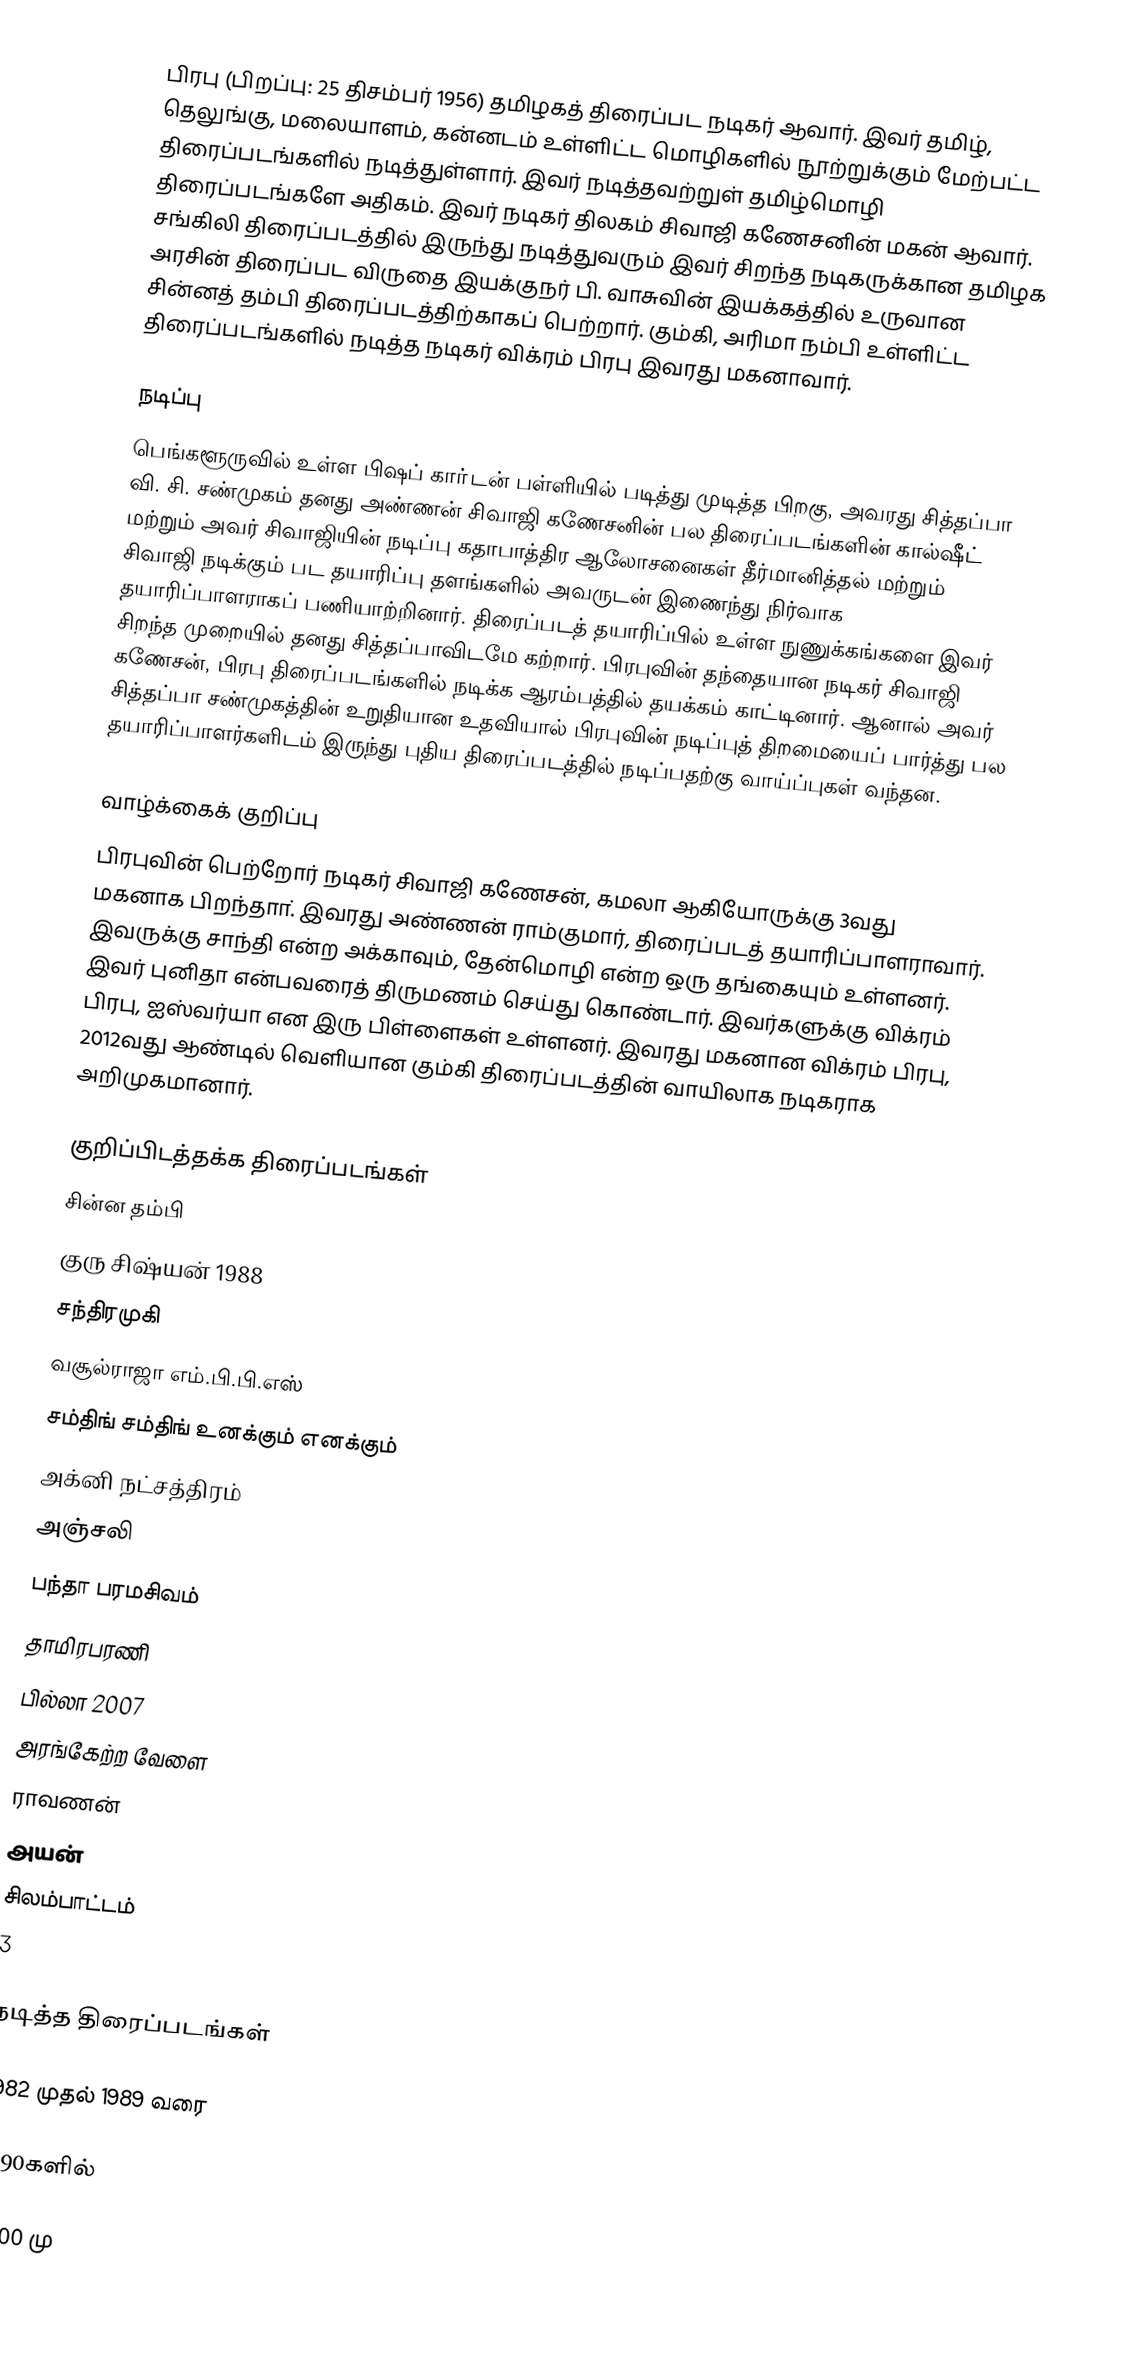
பிரபு (பிறப்பு: 25 திசம்பர் 1956) தமிழகத் திரைப்பட நடிகர் ஆவார். இவர் தமிழ், தெலுங்கு, மலையாளம், கன்னடம் உள்ளிட்ட மொழிகளில் நூற்றுக்கும் மேற்பட்ட திரைப்படங்களில் நடித்துள்ளார். இவர் நடித்தவற்றுள் தமிழ்மொழி திரைப்படங்களே அதிகம். இவர் நடிகர் திலகம் சிவாஜி கணேசனின் மகன் ஆவார். சங்கிலி  திரைப்படத்தில் இருந்து நடித்துவரும் இவர் சிறந்த நடிகருக்கான தமிழக அரசின் திரைப்பட விருதை இயக்குநர் பி. வாசுவின் இயக்கத்தில் உருவான சின்னத் தம்பி திரைப்படத்திற்காகப் பெற்றார். கும்கி, அரிமா நம்பி உள்ளிட்ட திரைப்படங்களில் நடித்த நடிகர் விக்ரம் பிரபு இவரது மகனாவார்.

நடிப்பு
பெங்களூருவில் உள்ள பிஷப் காா்டன் பள்ளியில் படித்து முடித்த பிறகு, அவரது சித்தப்பா வி. சி. சண்முகம் தனது அண்ணன் சிவாஜி கணேசனின் பல திரைப்படங்களின் கால்ஷீட் மற்றும் அவர் சிவாஜியின் நடிப்பு கதாபாத்திர ஆலோசனைகள் தீர்மானித்தல் மற்றும் சிவாஜி நடிக்கும் பட தயாரிப்பு தளங்களில் அவருடன் இணைந்து நிர்வாக தயாரிப்பாளராகப் பணியாற்றினார். திரைப்படத் தயாரிப்பில் உள்ள நுணுக்கங்களை இவர் சிறந்த முறையில் தனது சித்தப்பாவிடமே கற்றார். பிரபுவின் தந்தையான நடிகர் சிவாஜி கணேசன், பிரபு திரைப்படங்களில் நடிக்க ஆரம்பத்தில் தயக்கம் காட்டினார். ஆனால் அவர் சித்தப்பா சண்முகத்தின் உறுதியான உதவியால் பிரபுவின் நடிப்புத் திறமையைப் பார்த்து பல தயாரிப்பாளர்களிடம் இருந்து புதிய திரைப்படத்தில் நடிப்பதற்கு வாய்ப்புகள் வந்தன.

வாழ்க்கைக் குறிப்பு
பிரபுவின் பெற்றோர் நடிகர் சிவாஜி கணேசன், கமலா ஆகியோருக்கு 3வது மகனாக பிறந்தாா். இவரது அண்ணன் ராம்குமார், திரைப்படத் தயாரிப்பாளராவார். இவருக்கு சாந்தி என்ற அக்காவும், தேன்மொழி என்ற ஒரு தங்கையும் உள்ளனர். இவர் புனிதா என்பவரைத் திருமணம் செய்து கொண்டார்.  இவர்களுக்கு விக்ரம் பிரபு, ஐஸ்வர்யா என இரு பிள்ளைகள் உள்ளனர். இவரது மகனான விக்ரம் பிரபு, 2012வது ஆண்டில் வெளியான கும்கி திரைப்படத்தின் வாயிலாக நடிகராக அறிமுகமானார்.

குறிப்பிடத்தக்க திரைப்படங்கள்
 சின்ன தம்பி
 குரு சிஷ்யன் 1988
 சந்திரமுகி
 வசூல்ராஜா எம்.பி.பி.எஸ்
 சம்திங் சம்திங் உனக்கும் எனக்கும்
 அக்னி நட்சத்திரம்
 அஞ்சலி
 பந்தா பரமசிவம்
 தாமிரபரணி
 பில்லா 2007
 அரங்கேற்ற வேளை
 ராவணன்
 அயன்
 சிலம்பாட்டம்
 3

நடித்த திரைப்படங்கள்

1982 முதல் 1989 வரை

1990களில்

2000 மு